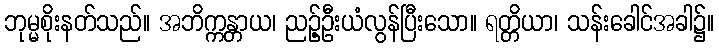
ဘုမ္မစိုးနတ်သည်။ အဘိက္ကန္တာယ၊ ညဉ့်ဦးယံလွန်ပြီးသော။ ရတ္တိယာ၊ သန်းခေါင်အခါ၌။